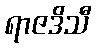
ရာဇဒိသီ